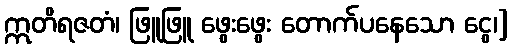
ဣတိရဇတံ၊ ဖြူဖြူ ဖွေးဖွေး တောက်ပနေသော ငွေ၊]